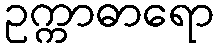
ဥက္ကာဓာရော